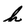
Character: h